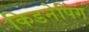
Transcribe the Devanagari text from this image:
किडनेपिंग